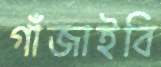
গাঁজাইবি